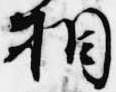
相